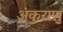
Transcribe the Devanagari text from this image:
अंकुराणु